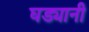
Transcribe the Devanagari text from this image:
घड्यानी